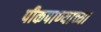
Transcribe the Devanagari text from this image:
पीकपाण्याच्या